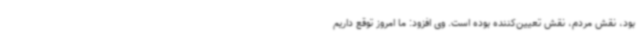
بود، نقش مردم، نقش تعیین‌کننده بوده است. وی افزود: ما امروز توقع داریم